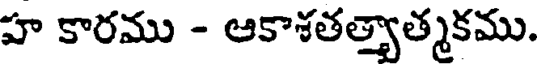
హ కారము - ఆకాశతత్తాత్మకము.